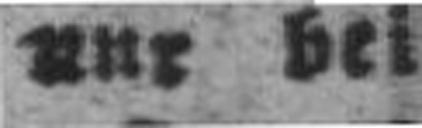
nur bei